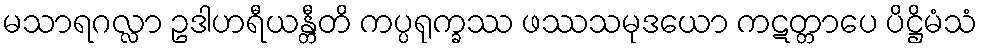
မသာရဂလ္လာ ဥဒါဟရီယန္တီတိ ကပ္ပရုက္ခဿ ဖဿသမုဒယော ကဋတ္တာပေ ပိဋ္ဌိမံသံ